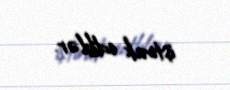
iştirak ediblər.